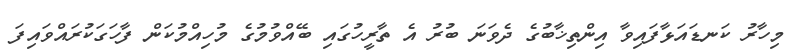
މިހާރު ކަނޑައަޅާފައިވާ އިންތިޚާބުގެ ދެވަނަ ބުރު އެ ތާރީހުގައި ބޭއްވުމުގެ މުހިއްމުކަން ފާހަގަކުރައްވައިފަ